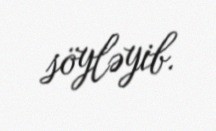
söyləyib.